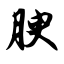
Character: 腴